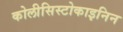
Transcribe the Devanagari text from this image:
कोलीसिस्टोकाइनिन